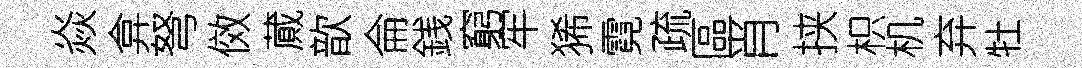
焱弇弩傚蕆歆侖銭窮牢狶霓疏區肖挟枳机弃牡